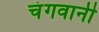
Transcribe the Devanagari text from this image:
चंगवानी